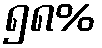
၅၈%